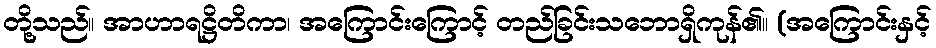
တို့သည်။ အာဟာရဋ္ဌိတိကာ၊ အကြောင်းကြောင့် တည်ခြင်းသဘောရှိကုန်၏။ (အကြောင်းနှင့်